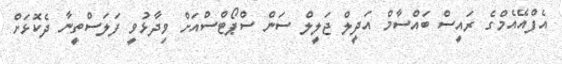
އެފްއޭއެމްގެ ރައީސް ބައްސާމް އަދީލް ޖަލީލް ސަން ސްޕޯޓްސްއަށް ވިދާޅުވީ ފަލަސްތީނާ ދެކޮޅަށް